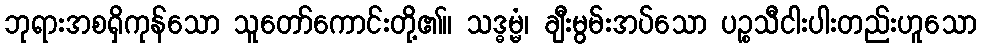
ဘုရားအစရှိကုန်သော သူတော်ကောင်းတို့၏။ သဒ္ဓမ္မံ၊ ချီးမွမ်းအပ်သော ပဉ္စသီငါးပါးတည်းဟူသော